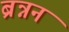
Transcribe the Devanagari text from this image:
ब्रन्नन